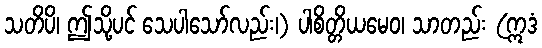
သတိပိ၊ ဤသို့ပင် သေပါသော်လည်း၊) ပါစိတ္တိယမေဝ၊ သာတည်း (ဣဒံ